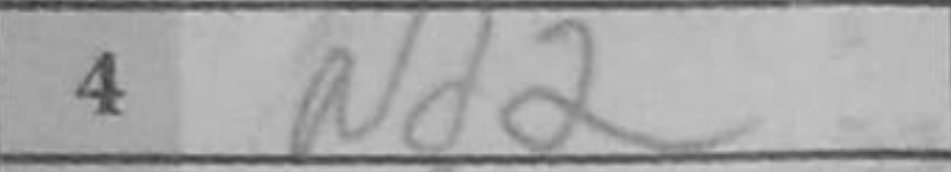
Transcription: Nd2